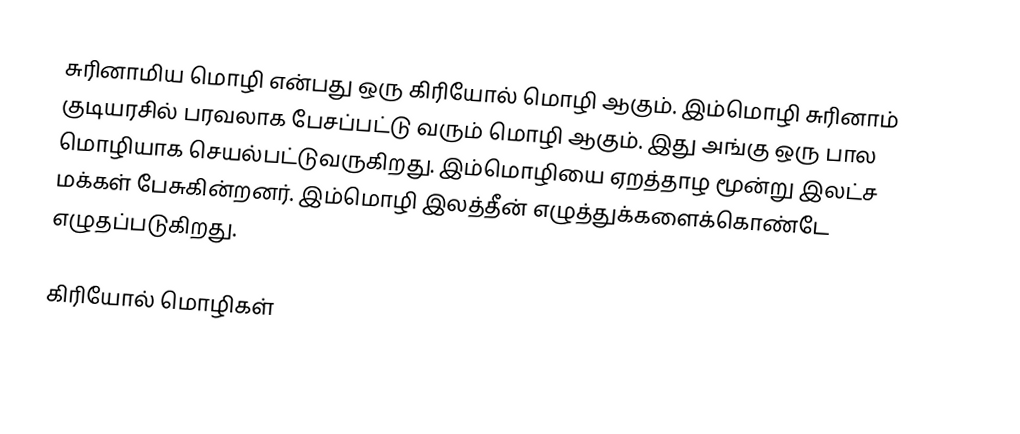
சுரினாமிய மொழி என்பது ஒரு கிரியோல் மொழி ஆகும். இம்மொழி சுரினாம் குடியரசில் பரவலாக பேசப்பட்டு வரும் மொழி ஆகும். இது அங்கு ஒரு பால மொழியாக செயல்பட்டுவருகிறது. இம்மொழியை ஏறத்தாழ மூன்று இலட்ச மக்கள் பேசுகின்றனர். இம்மொழி இலத்தீன் எழுத்துக்களைக்கொண்டே எழுதப்படுகிறது.

கிரியோல் மொழிகள்